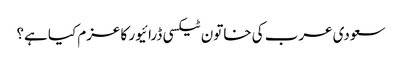
سعودی عرب کی خاتون ٹیکسی ڈرائیور کا عزم کیا ہے؟